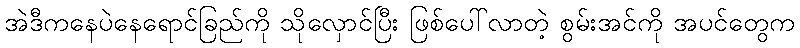
အဲဒီကနေပဲနေရောင်ခြည်ကို သိုလှောင်ပြီး ဖြစ်ပေါ်လာတဲ့ စွမ်းအင်ကို အပင်တွေက